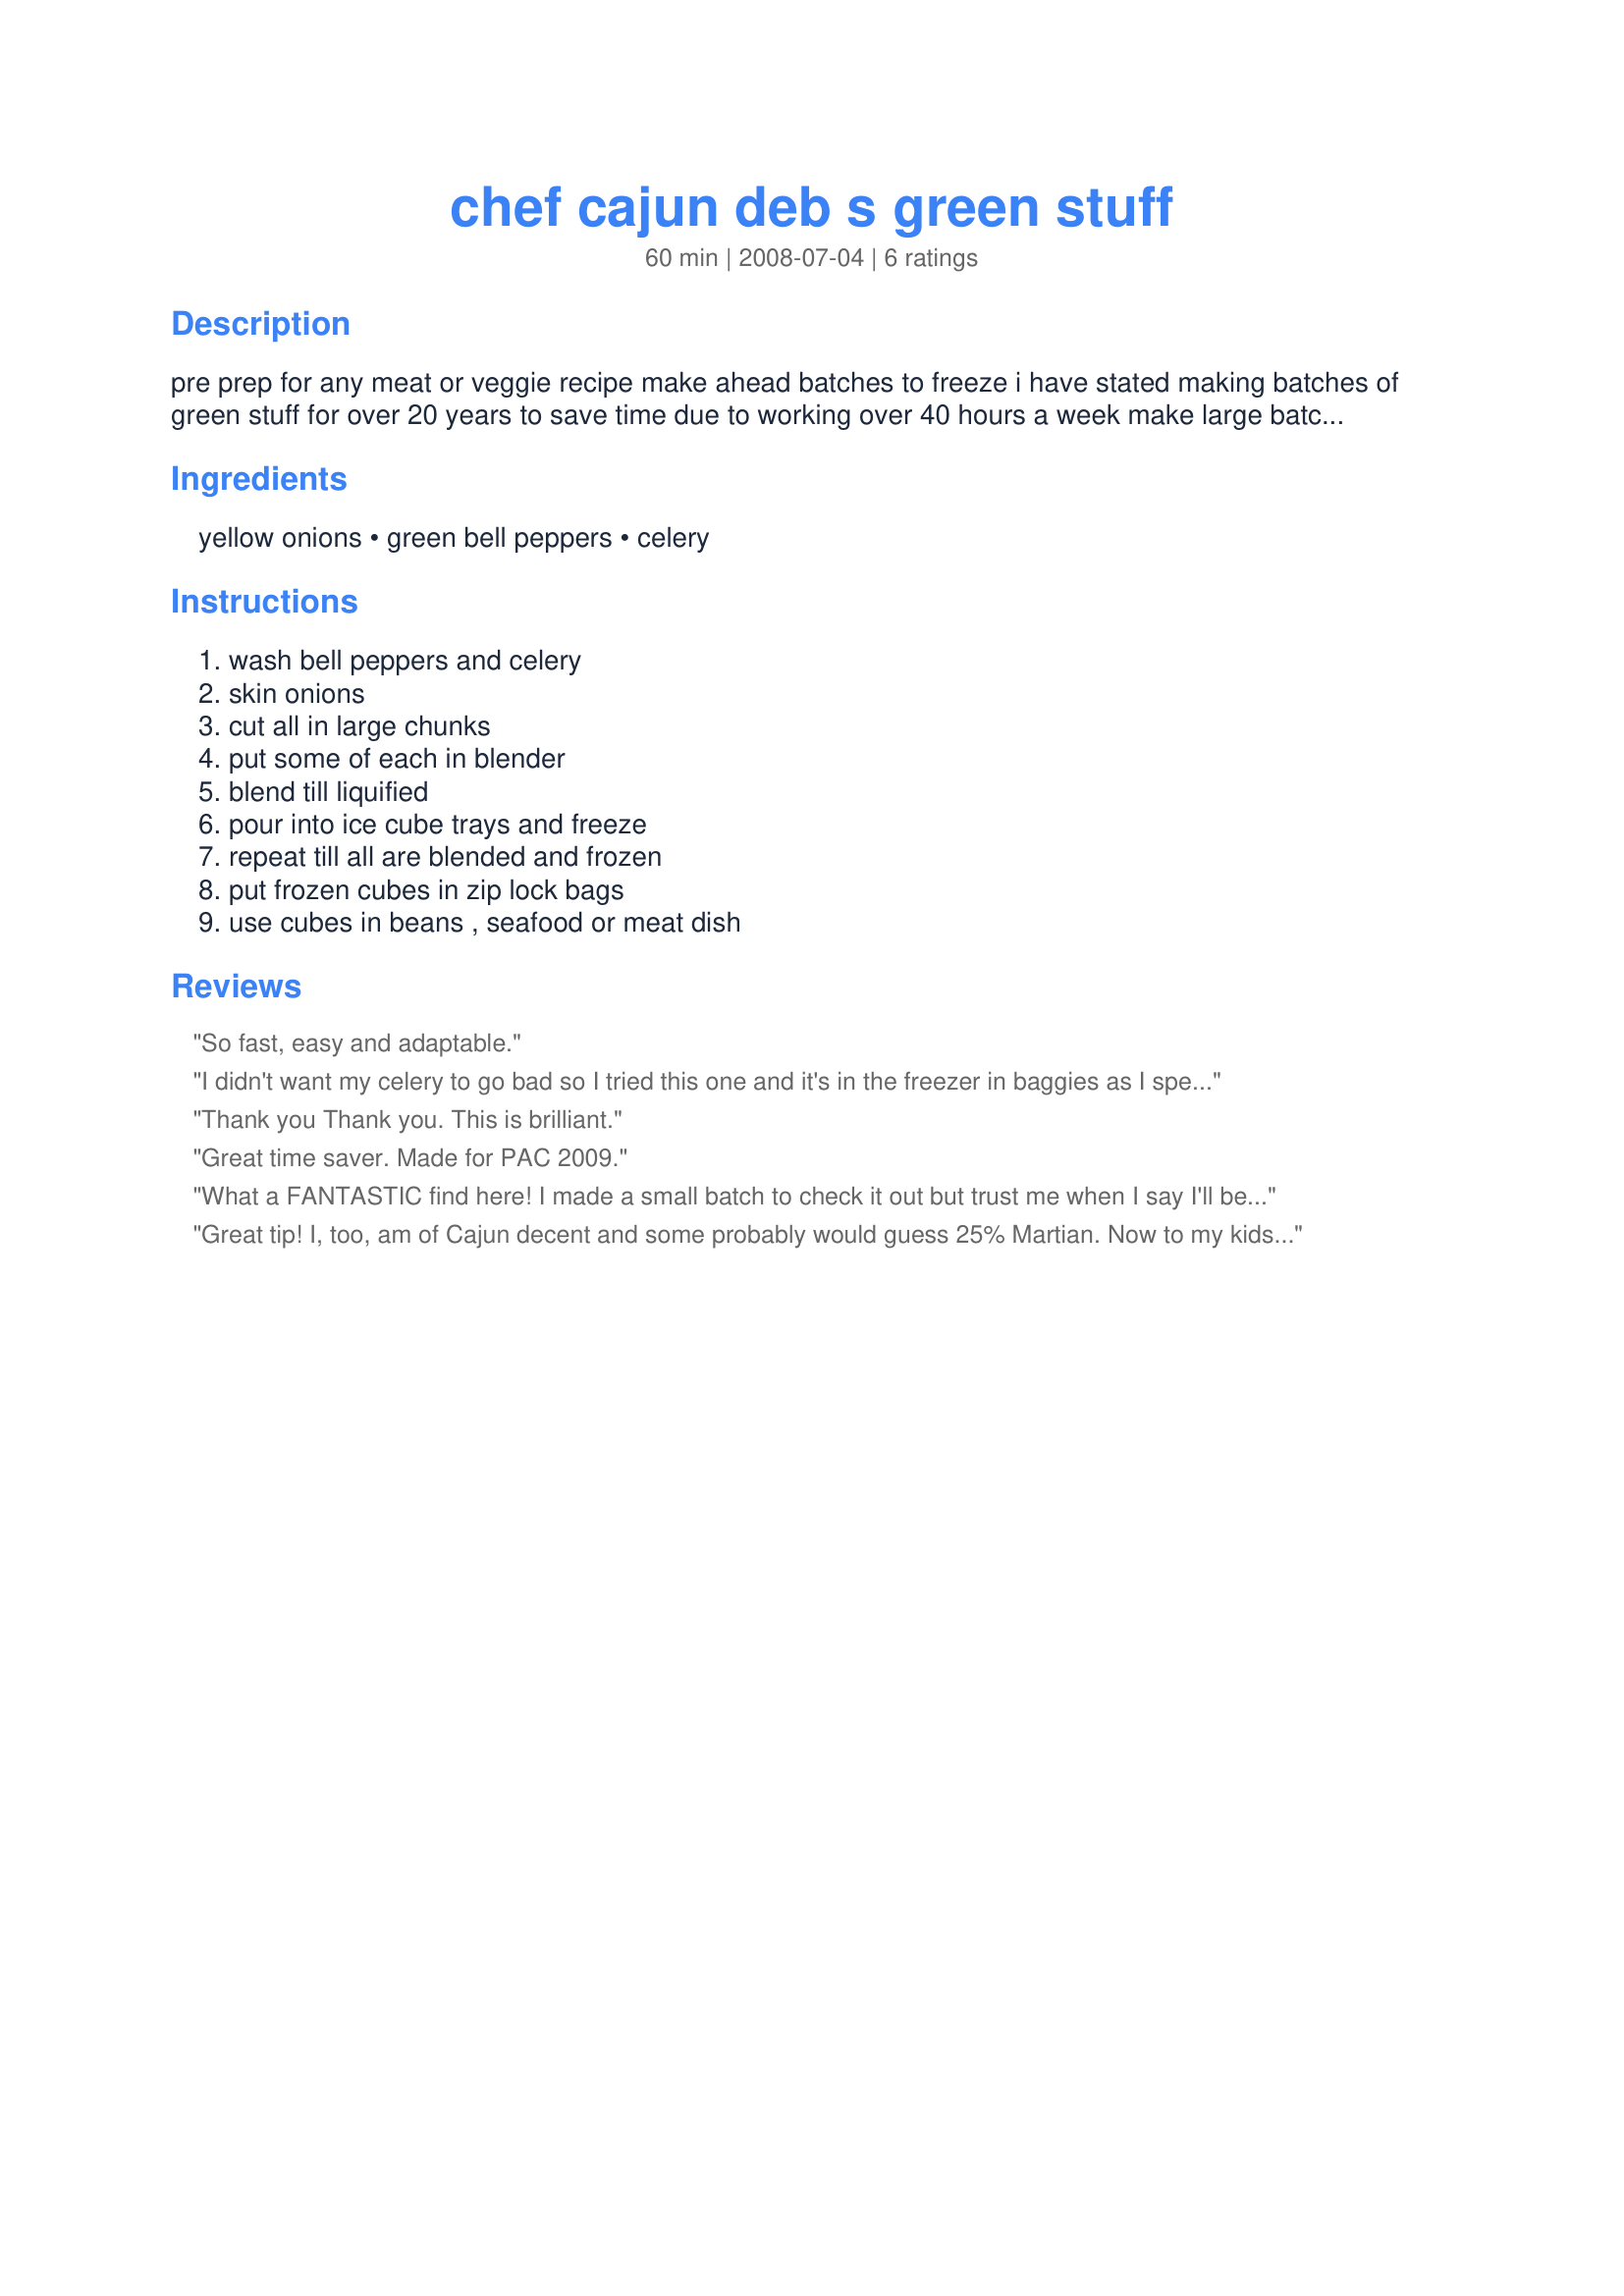
chef cajun deb s green stuff
Preparation time: 60 minutes

pre prep for any meat or veggie recipe
make ahead batches to freeze
i have stated making batches of green stuff for over 20 years to save time due to working over 40 hours a week
make large batches for one time easy clean up
saves lots of time over months and months of cooking

Ingredients:
yellow onions, green bell peppers, celery

Steps:
wash bell peppers and celery, skin onions, cut all in large chunks, put some of each in blender, blend till liquified, pour into ice cube trays and freeze, repeat till all are blended and frozen, put frozen cubes in zip lock bags, use cubes in beans , seafood or meat dish

Reviews:
So fast, easy and adaptable.
I didn't want my celery to go bad so I tried this one and it's in the freezer in baggies as I speak. The only difference was I used red peppers as my stomach can't handle the green ones. Made for I Recommend tag game 2010.
Thank you Thank you. This is brilliant.
Great time saver. Made for PAC 2009.
What a FANTASTIC find here! I made a small batch to check it out but trust me when I say I'll be making a much larger batch! I used my Magic Bullet and it really saved on time and "crying" over onions. I have one ice tray full and I'll be making several more trays before long. This recipe would also be easy to tweak by adding garlic...which we love. Made for PAC 2008. Thanks Deb! (-:
Great tip! I, too, am of Cajun decent and some probably would guess 25% Martian. Now to my kids, I married into another Cajun ancestral family. You would have thought that transition would have been easy, don't you?!?
